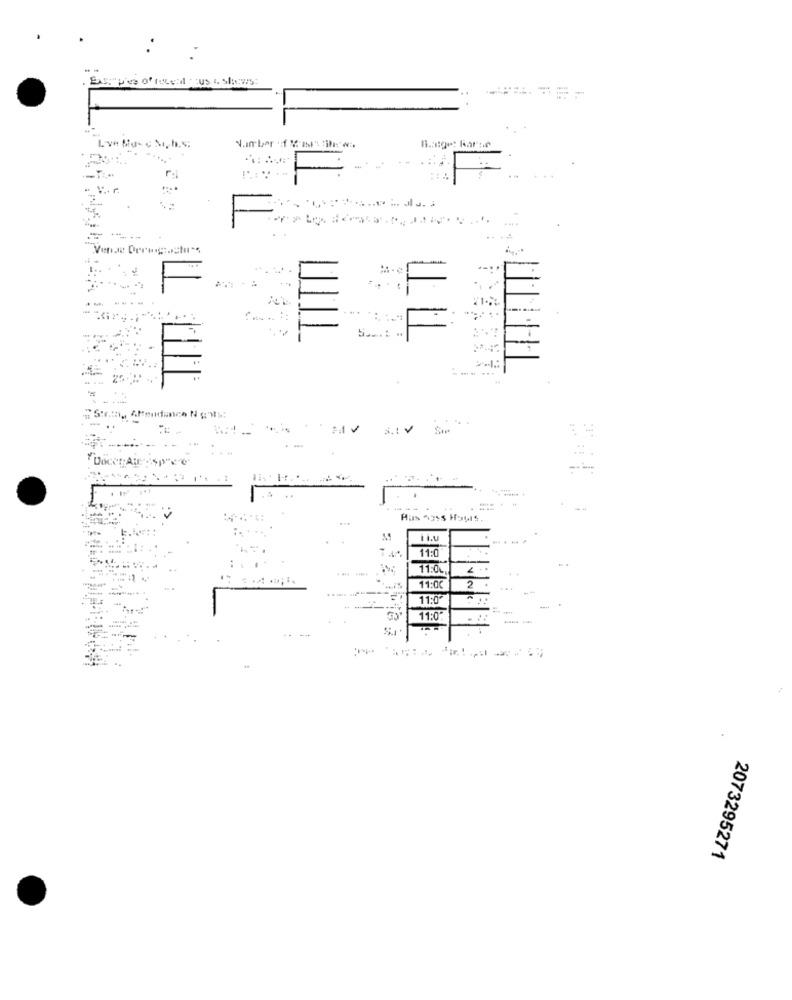
--
..
r:
.. ...
:
--
5 .... ..
...
....
S.1 4
"DoceHASp"c"
.-
---
Hus 4355 HaulS.
11:0
11.0L
-------
11:00
2
4 4
11:0
--
11:0
2073295271